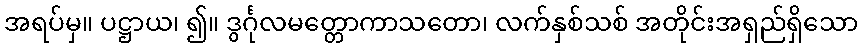
အရပ်မှ။ ပဋ္ဌာယ၊ ၍။ ဒွင်္ဂုလမတ္တောကာသတော၊ လက်နှစ်သစ် အတိုင်းအရှည်ရှိသော